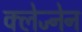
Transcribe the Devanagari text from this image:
क्लेज्नेन